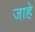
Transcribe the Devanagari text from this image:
जाहे